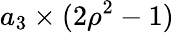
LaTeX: a_{3}\times(2\rho^{2}-1)